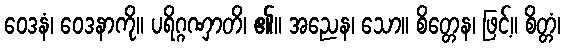
ဝေဒနံ၊ ဝေဒနာကို။ ပရိဂ္ဂဏှာတိ၊ ၏။ အညေန၊ သော။ စိတ္တေန၊ ဖြင့်။ စိတ္တံ၊